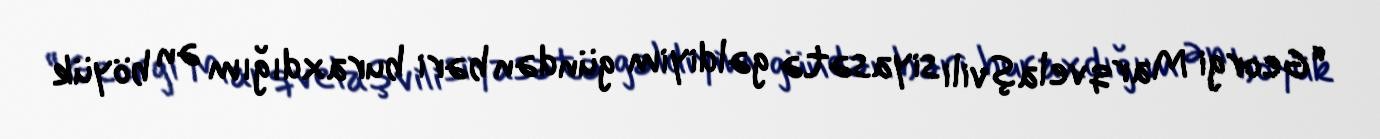
“Georgi Marqvelaşvili siyasətə gəldiyim gündən bəri buraxdığım ən böyük